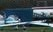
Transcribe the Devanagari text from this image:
जमवाजमवीचे